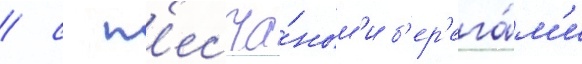
/ с п'есча́ным'и б'ер'ега́м'и